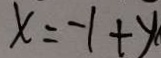
x = - 1 + y